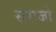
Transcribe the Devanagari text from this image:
सराजो